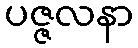
ပဇ္ဇလနာ